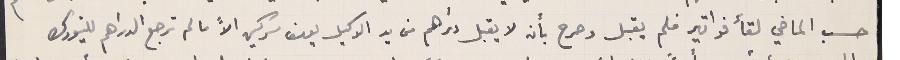
حسب الماضي لقأ فواتير فلم يقبل وصرح بأنه لا يقبل دراهم من يد الوكيل يوسف سركيس الاً ما لم ترجع الدراهم للنيورك